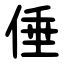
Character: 倕